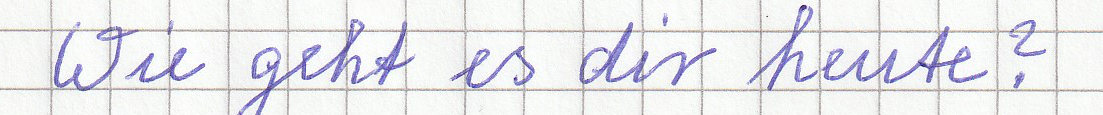
Wie geht es dir heute?